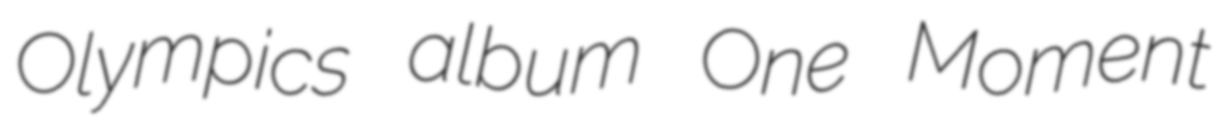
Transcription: Olympics album One Moment